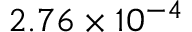
2 . 7 6 \times 1 0 ^ { - 4 }